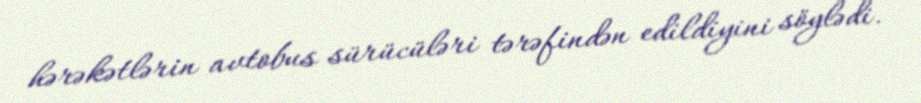
hərəkətlərin avtobus sürücüləri tərəfindən edildiyini söylədi.